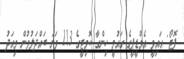
ފޮޓޯ: އައިވީ އެމްޑީޕީގެ ގައުމީ ހިންގާ ކޮމިޓީގެ 113 ވަނަ ބައްދަލުވުން މިއަދު